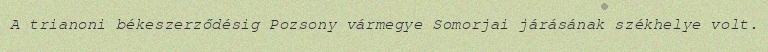
A trianoni békeszerződésig Pozsony vármegye Somorjai járásának székhelye volt.